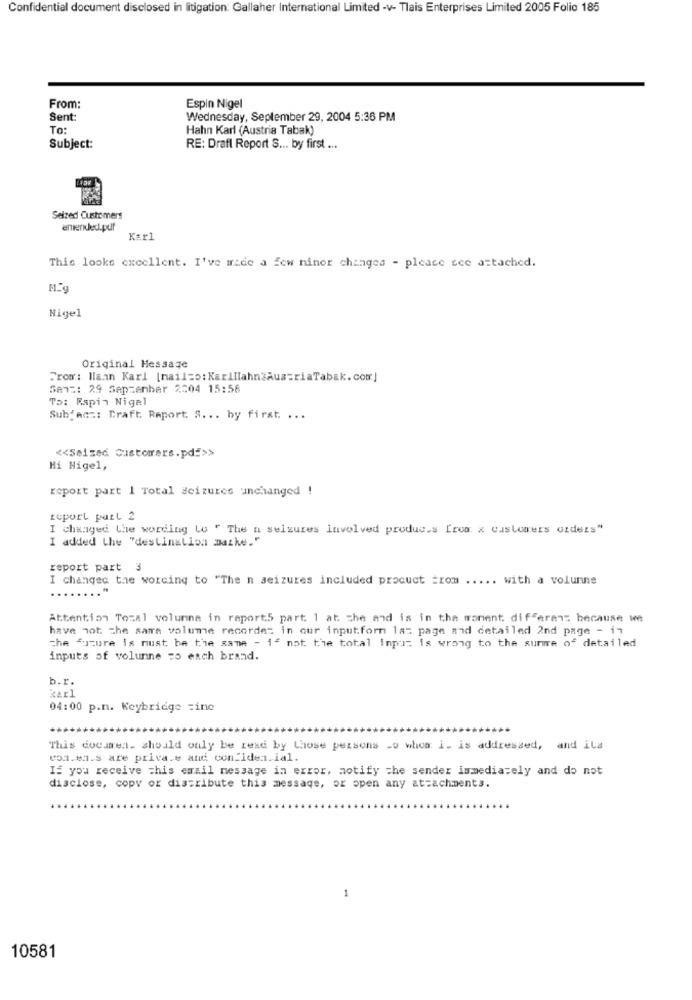
Confidential document disclosed in litigation: Gallaher International Limited -v- Tlais Enterprises Limited 2005 Folio 185
From:
Espin Nigel
Sent:
Wednesday, September 29, 2004 5:36 PM
To:
Hahn Karl (Austria Tabak)
Subject:
RE: Draft Report S ... by first ...
Seized Customers
amended.puf
Karl
This looks excellent. I've wide a few minor changes - please see attached.
M.g
Nigel
Original Message
From: Waan Karl [mailto: Karillahn"Aus=riaTabak. com]
Sent: 29 September 2004 15:56
To: Rapin Nigel
Subject: Craft. Report. S ... by first. ...
<< Seized Customers.pdf>>
Hi Nigel,
report part 1 Total seizures unchanged !
report part 2
I changed the wording to " The a seizures involved produc.s [ros. x customers orders"
I added the "destination maske."
report part 3
I changed the worcing to "The n seizures included procuct =rom ..... with a volumine
Attention Tozal volunna in raport5 part 1 at the end is in the moment differenz because we
have not the same volume recorde= in our inputform 1a: page and detailed 2nd page - in
the Future is must be the same - is not the total input is wrong to the summe of detailed
inputs of volunne =5 each brand.
b.r.
karl
04:00 p.m. Keybridge =ine
This docarea. should only be read by those persons -o whoa i. is addressed, and ila
con.ea.s are priva.e and confiden.ial.
If you receive this email message in error, notify the sender immediately and do not
disclose, copy or distribute this message, or open any attachments.
1
10581